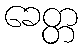
ခေတ္တ